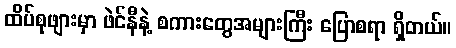
ထိပ်စုဖျားမှာ ဖဲင်နီနဲ့ စကားတွေအများကြီး ပြောစရာ ရှိတယ်။